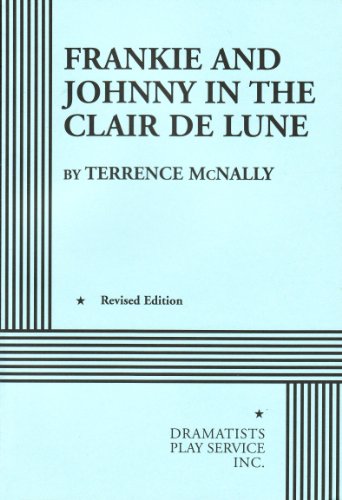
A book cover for Frankie and Johnny in the Claire de Lune; Terrence McNally; Literature & Fiction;